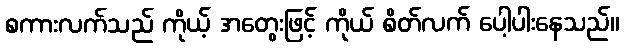
စကားလက်သည် ကိုယ့် အတွေးဖြင့် ကိုယ် စိတ်လက် ပေါ့ပါးနေသည်။